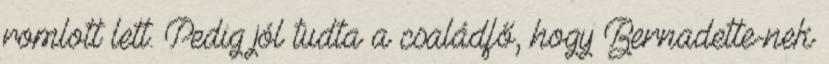
romlott lett. Pedig jól tudta a családfő, hogy Bernadette-nek